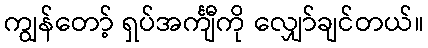
ကျွန်တော့် ရှပ်အင်္ကျီကို လျှော်ချင်တယ်။